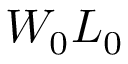
W _ { 0 } L _ { 0 }